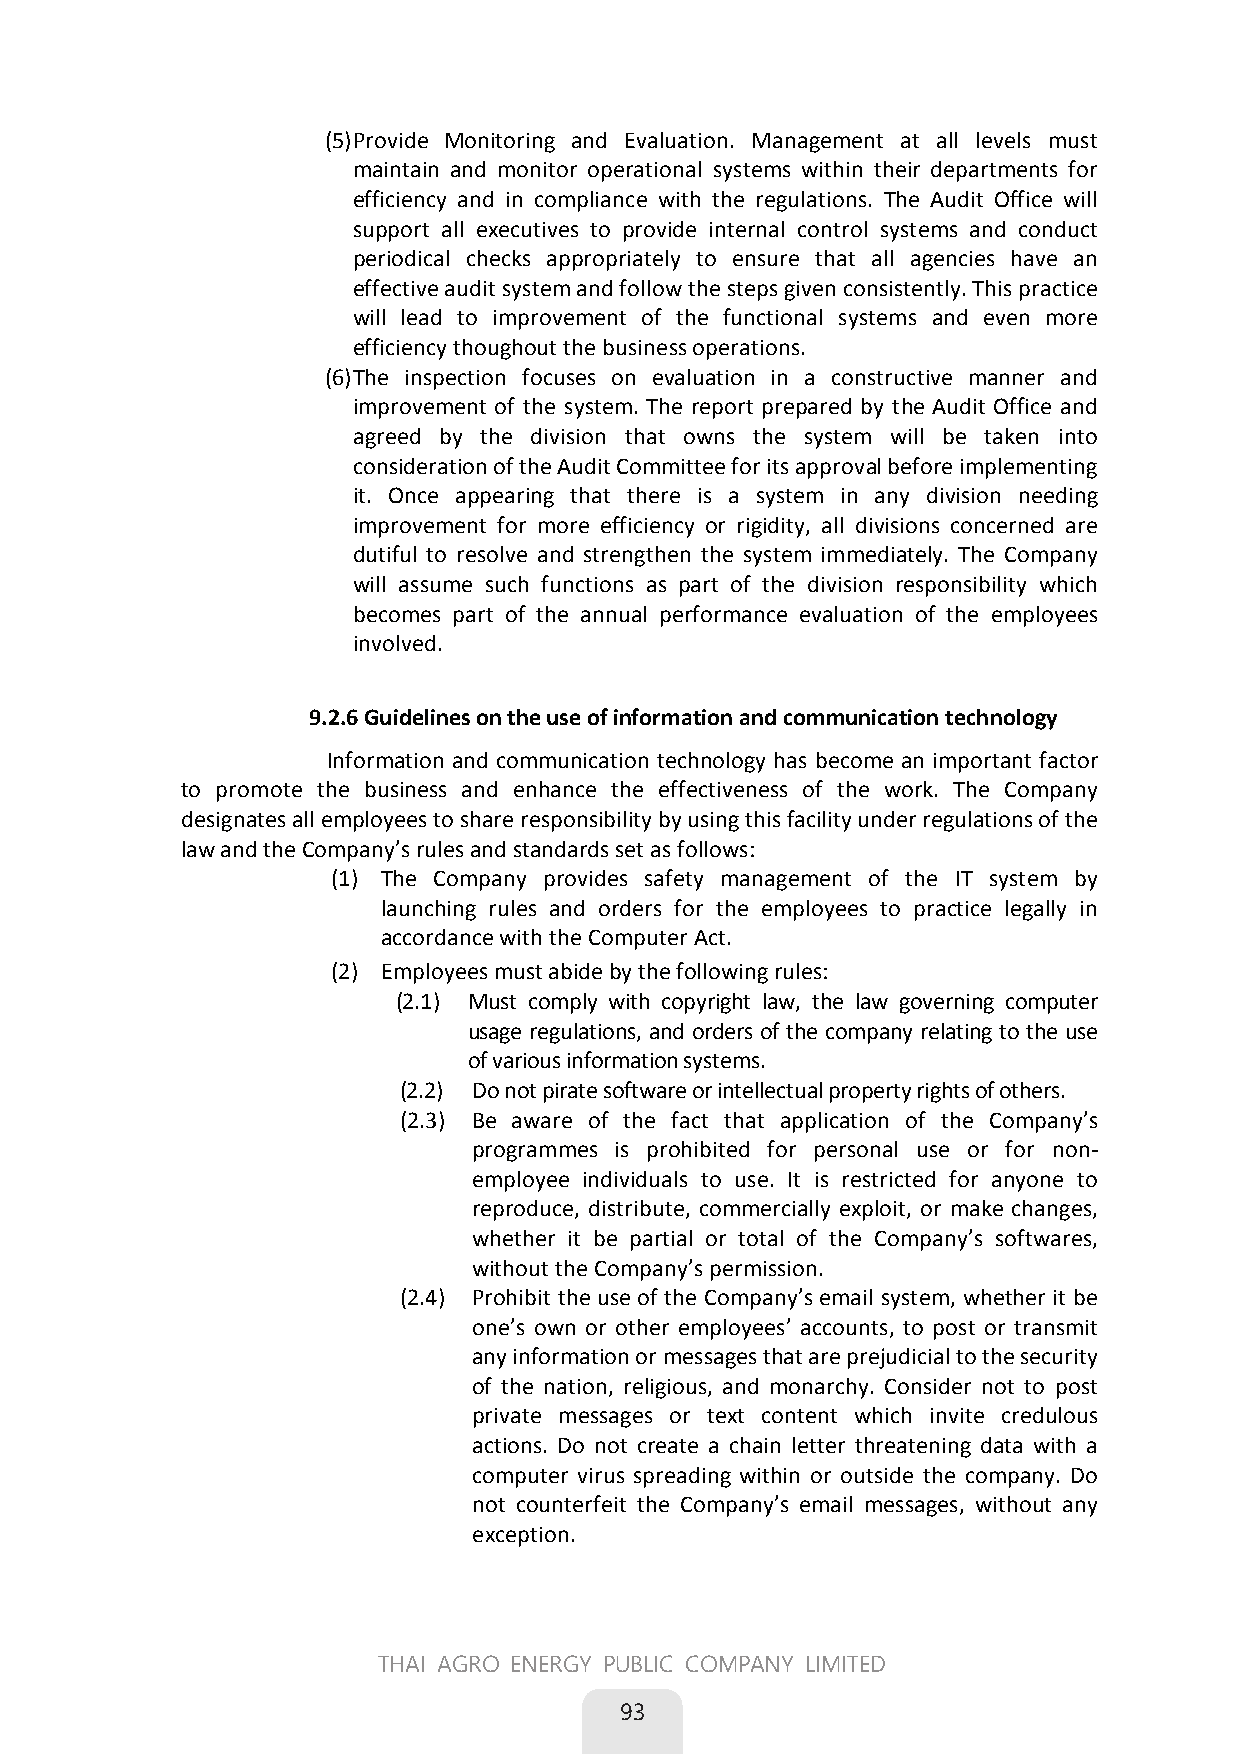
(5) Provide Monitoring and Evaluation. Management at all levels must
 maintain and monitor operational systems within their departments for
 efficiency and in compliance with the regulations. The Audit Office will
 support all executives to provide internal control systems and conduct
 periodical checks appropriately to ensure that all agencies have an
 effective audit system and follow the steps given consistently. This practice
 will lead to improvement of the functional systems and even more
 efficiency thoughout the business operations.
 (6) The inspection focuses on evaluation in a constructive manner and
 improvement of the system. The report prepared by the Audit Office and
 agreed by the division that owns the system will be taken into
 consideration of the Audit Committee for its approval before implementing
 it. Once appearing that there is a system in any division needing
 improvement for more efficiency or rigidity, all divisions concerned are
 dutiful to resolve and strengthen the system immediately. The Company
 will assume such functions as part of the division responsibility which
 becomes part of the annual performance evaluation of the employees
 involved.
 9.2.6 Guidelines on the use of information and communication technology
        Information and communication technology has become an important factor
 to promote the business and enhance the effectiveness of the work. The Company
 designates all employees to share responsibility by using this facility under regulations of the
 law and the Company’s rules and standards set as follows:
 (1) The Company provides safety management of the IT system by
 launching rules and orders for the employees to practice legally in
 accordance with the Computer Act.
 (2) Employees must abide by the following rules:
 (2.1) Must comply with copyright law, the law governing computer
 usage regulations, and orders of the company relating to the use
 of various information systems.
 (2.2) Do not pirate software or intellectual property rights of others.
 (2.3) Be aware of the fact that application of the Company’s
 programmes is prohibited for personal use or for non-
 employee individuals to use. It is restricted for anyone to
 reproduce, distribute, commercially exploit, or make changes,
 whether it be partial or total of the Company’s softwares,
 without the Company’s permission.
 (2.4) Prohibit the use of the Company’s email system, whether it be
 one’s own or other employees’ accounts, to post or transmit
 any information or messages that are prejudicial to the security
 of the nation, religious, and monarchy. Consider not to post
 private messages or text content which invite credulous
 actions. Do not create a chain letter threatening data with a
 computer virus spreading within or outside the company. Do
 not counterfeit the Company’s email messages, without any
 exception.
 55
 THAI AGRO ENERGY PUBLIC COMPANY LIMITED
 
 93